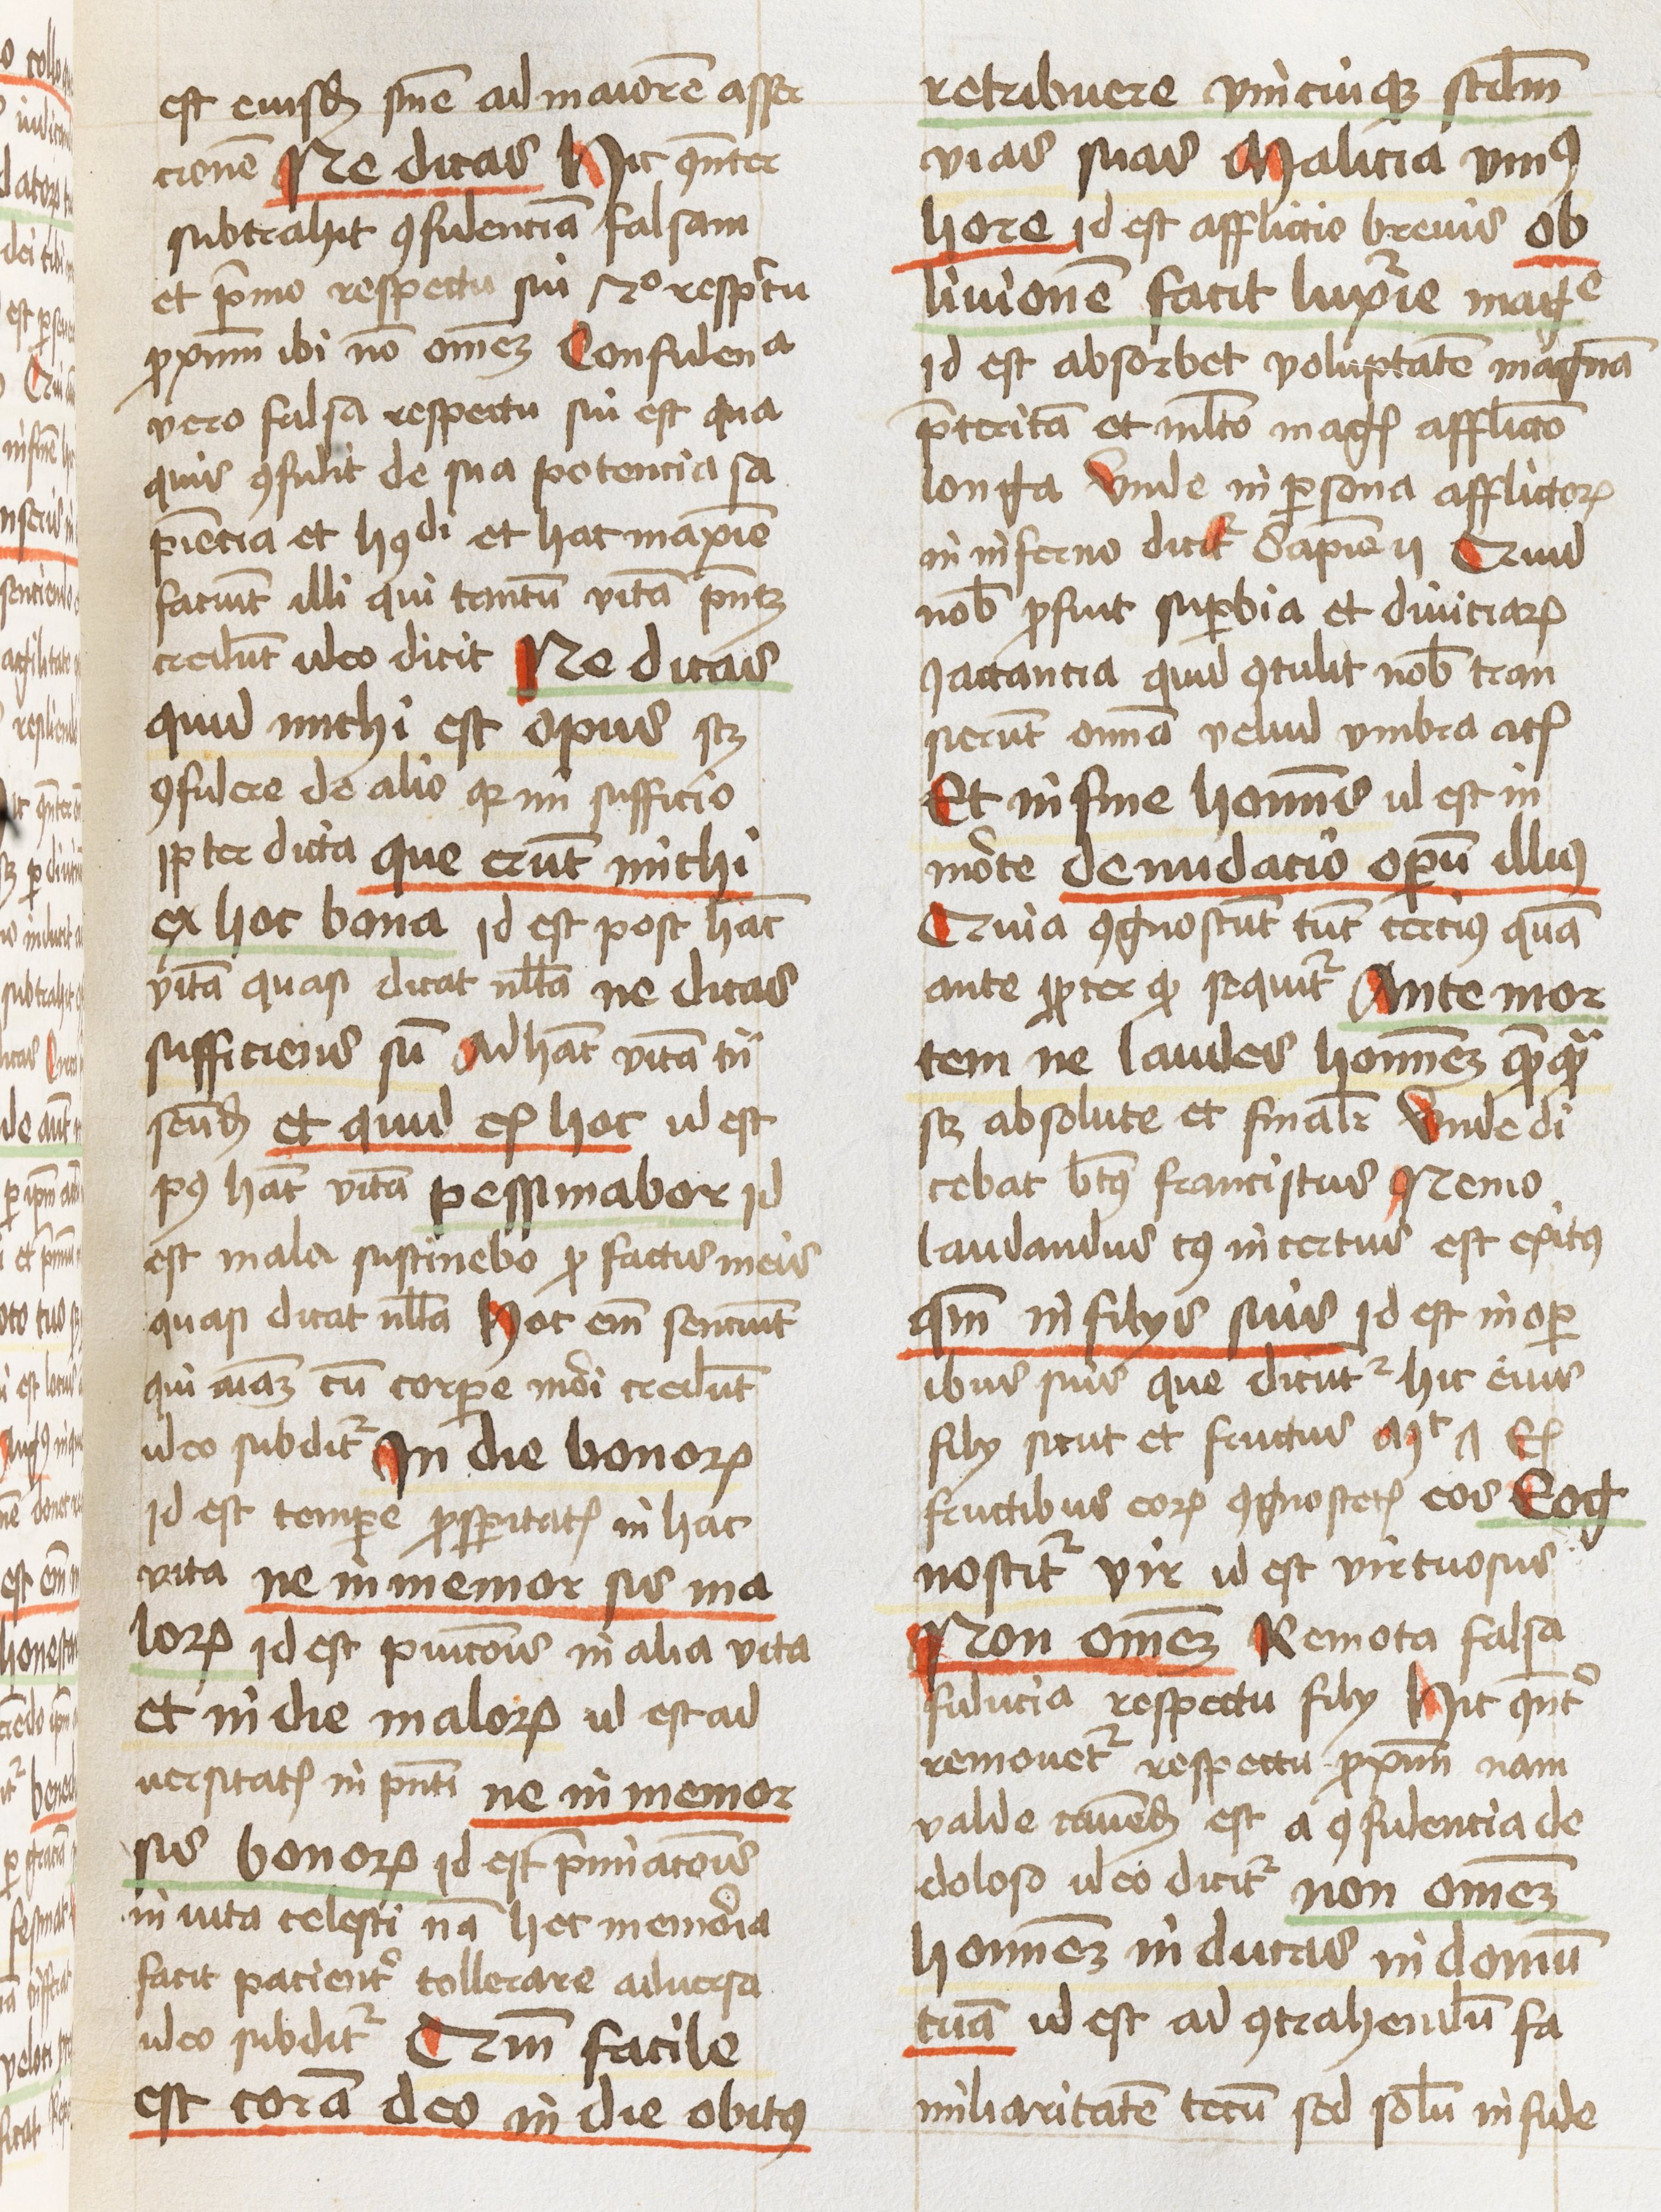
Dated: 1460–1460